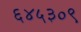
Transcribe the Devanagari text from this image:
६४५३०९